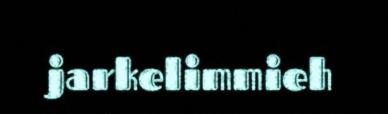
jarkelimmieh